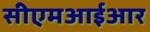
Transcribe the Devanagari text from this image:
सीएमआईआर